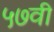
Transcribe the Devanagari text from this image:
५७वी